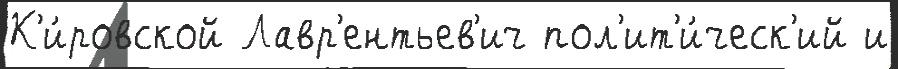
К'и́ровской Лавр'ентьев'ич пол'ит'и́ческ'ий и